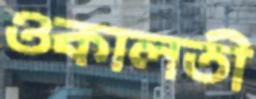
ওকালতী